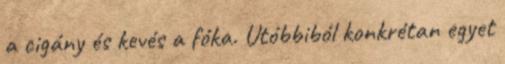
a cigány és kevés a fóka. Utóbbiból konkrétan egyet